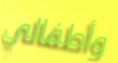
وأطفالي